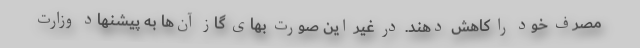
مصرف خود را کاهش دهند. در غیر این صورت بهای گاز آن‌ها به پیشنهاد وزارت